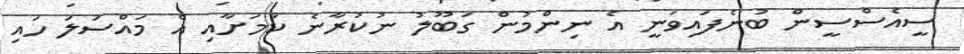
ސީއެސްސީން ބުނެފައިވަނީ އެ ނިންމުން ގަބޫލު ނުކުރާނެ ކަމަށާއި އެ މައްސަލަ ހައި